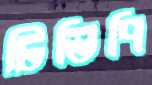
টিভিপি